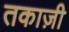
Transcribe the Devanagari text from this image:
तकाज़ी